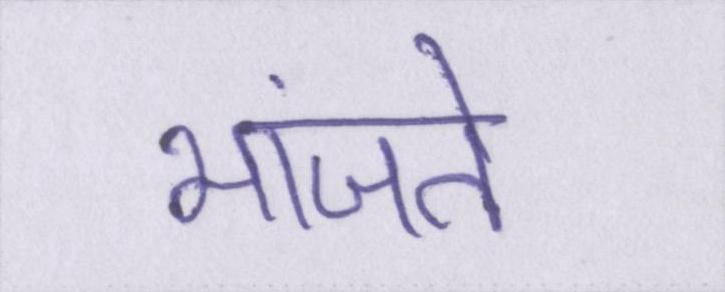
भांजते